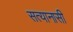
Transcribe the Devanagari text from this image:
सत्यानासी